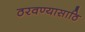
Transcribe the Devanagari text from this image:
ठरवण्यासाठि